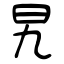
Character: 旯